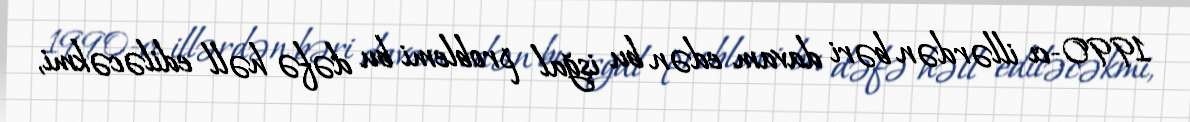
1990-cı illərdən bəri davam edən bu işğal problemi bu dəfə həll ediləcəkmi,